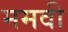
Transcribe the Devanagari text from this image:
ममवी